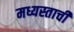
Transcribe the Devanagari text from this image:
मध्यस्ताची